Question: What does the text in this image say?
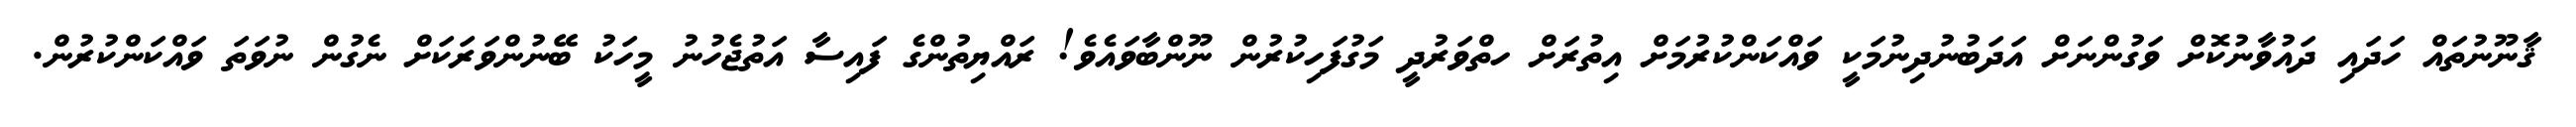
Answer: ޤާނޫނުތައް ހަދައި ދައުވާނުކޮށް ވަގުންނަށް އަދަބުނުދިނުމަކީ ވައްކަންކުރުމަށް އިތުރަށް ހތްވަރުދީ މަގުފަހިކުރުން ނޫންބާވައެވެ! ރައްޔިތުންގެ ފައިސާ އަތުޖެހުނު މީހަކު ބޭނުންވަރަކަށް ނެގުން ނުވަތަ ވައްކަންކުރުން.